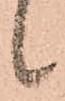
候